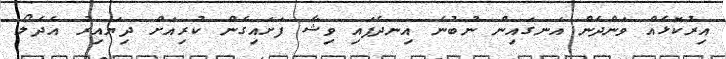
އިރުކޮޅެއް ވަންދެން އަނގައިން ނުބުނެ އިނދެފައި ވިޝާ ފަށައިގެން ކުރިއަށް ދިޔައިރު އެދެލޯ